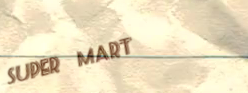
sUpEr MaRt